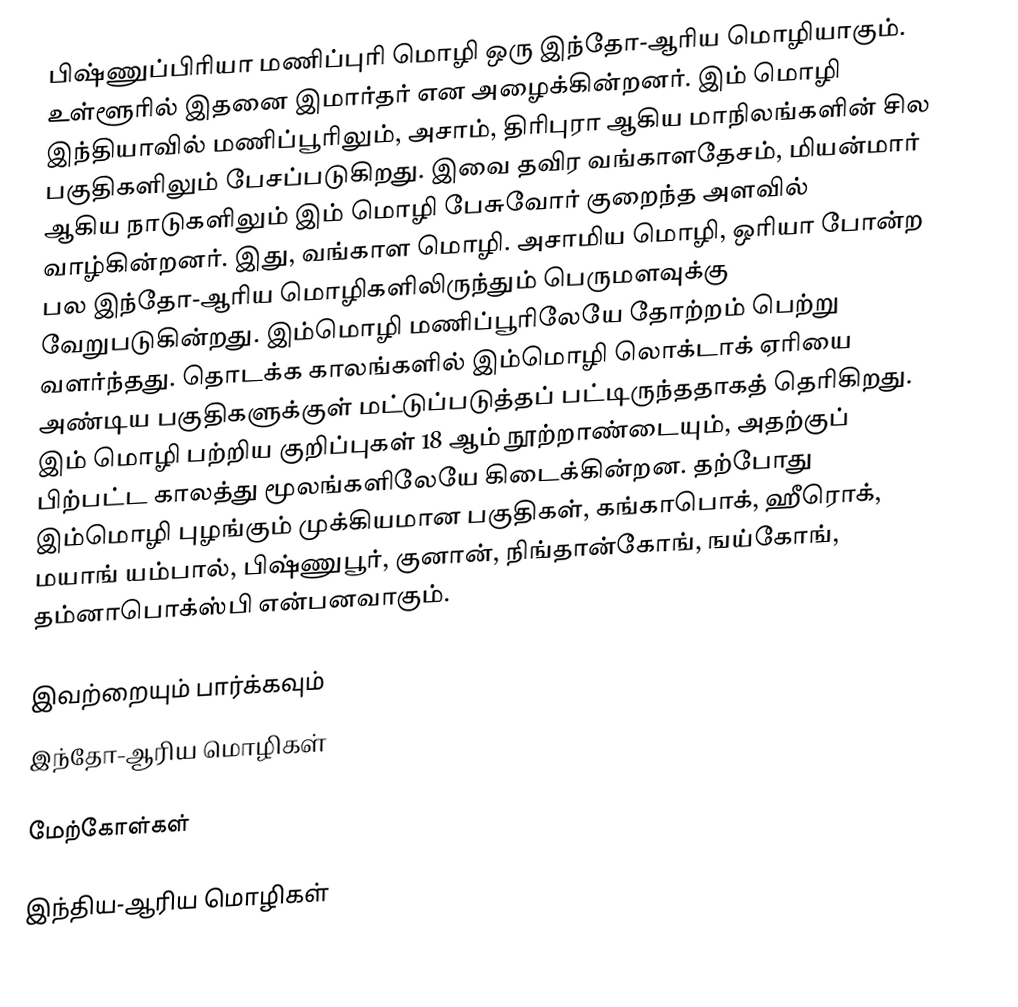
பிஷ்ணுப்பிரியா மணிப்புரி மொழி ஒரு இந்தோ-ஆரிய மொழியாகும். உள்ளூரில் இதனை இமார்தர் என அழைக்கின்றனர். இம் மொழி இந்தியாவில் மணிப்பூரிலும், அசாம், திரிபுரா ஆகிய மாநிலங்களின் சில பகுதிகளிலும் பேசப்படுகிறது. இவை தவிர வங்காளதேசம், மியன்மார் ஆகிய நாடுகளிலும் இம் மொழி பேசுவோர் குறைந்த அளவில் வாழ்கின்றனர். இது, வங்காள மொழி. அசாமிய மொழி, ஒரியா போன்ற பல இந்தோ-ஆரிய மொழிகளிலிருந்தும் பெருமளவுக்கு வேறுபடுகின்றது. இம்மொழி மணிப்பூரிலேயே தோற்றம் பெற்று வளர்ந்தது. தொடக்க காலங்களில் இம்மொழி லொக்டாக் ஏரியை அண்டிய பகுதிகளுக்குள் மட்டுப்படுத்தப் பட்டிருந்ததாகத் தெரிகிறது. இம் மொழி பற்றிய குறிப்புகள் 18 ஆம் நூற்றாண்டையும், அதற்குப் பிற்பட்ட காலத்து மூலங்களிலேயே கிடைக்கின்றன. தற்போது இம்மொழி புழங்கும் முக்கியமான பகுதிகள், கங்காபொக், ஹீரொக், மயாங் யம்பால், பிஷ்ணுபூர், குனான், நிங்தான்கோங், ஙய்கோங், தம்னாபொக்ஸ்பி என்பனவாகும்.

இவற்றையும் பார்க்கவும்
 இந்தோ-ஆரிய மொழிகள்

மேற்கோள்கள்

இந்திய-ஆரிய மொழிகள்